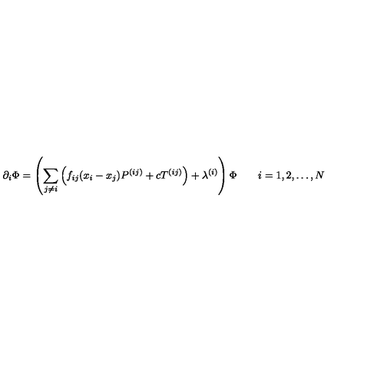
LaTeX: \partial _ { i } \Phi = \left( \sum _ { j \ne i } \left( f _ { i j } ( x _ { i } - x _ { j } ) P ^ { ( i j ) } + c T ^ { ( i j ) } \right) + \lambda ^ { ( i ) } \right) \Phi \qquad i = 1 , 2 , \ldots , N